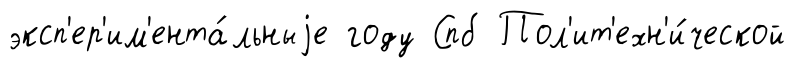
эксп'ер'им'ента́льныjе году Спб Пол'ит'ехн'и́ческой